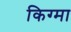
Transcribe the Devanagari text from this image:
किग्मा